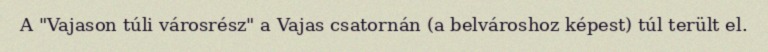
A "Vajason túli városrész" a Vajas csatornán (a belvároshoz képest) túl terült el.